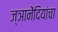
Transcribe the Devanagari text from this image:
ज्ञानेंदियांचा